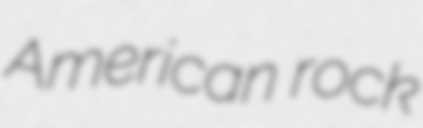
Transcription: American rock